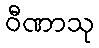
ဝီဏာသု